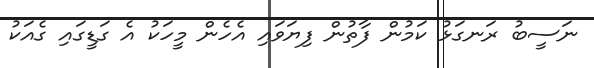
ނަސީބު ރަނގަޅު ކަމުން ފާތުން ފިޔަވައި އެހެން މީހަކު އެ ގަޑީގައި ގެއަކު